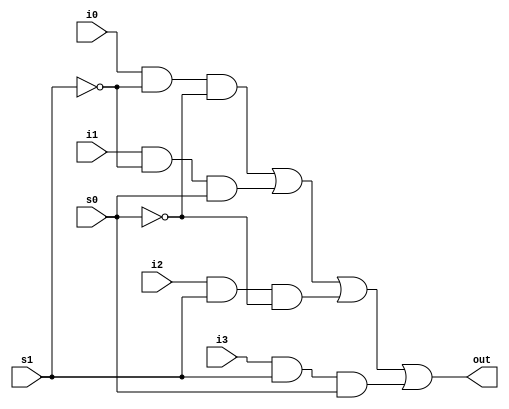
`timescale 1ns / 1ps
//////////////////////////////////////////////////////////////////////////////////
// Company: 
// Engineer: 
// 
// Design Name: 
// Module Name: mux4_to_1
// Project Name: 
// Target Devices: 
// Tool Versions: 
// Description: 
// 
// Dependencies: 
// 
// Revision:
// Revision 0.01 - File Created
// Additional Comments:
// 
//////////////////////////////////////////////////////////////////////////////////



module mux4_to_1 (out, i0, i1, i2, i3, s1, s0);

    output out;
    input i0, i1, i2, i3;
    input s1, s0;
    
    wire s1n, s0n;
    wire y0, y1, y2, y3;
    
    not (s1n, s1);
    not (s0n, s0);
    
    and (y0, i0, s1n, s0n);
    and (y1, i1, s1n, s0);
    and (y2, i2, s1, s0n);
    and (y3, i3, s1, s0);
    
    or (out, y0, y1, y2, y3);
    
endmodule